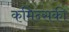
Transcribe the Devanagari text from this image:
कमिन्सकी